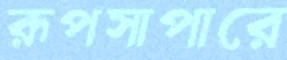
রূপসাপারে